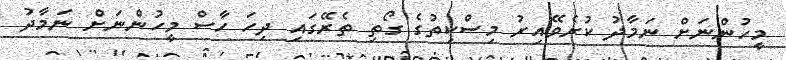
މީހުންނަށް ނަމާދު ކުރެވޭއިރު މިސްކިތުގެ ގޯތި ތެރޭގައި ދިހަ ހާސް މީހުންނަށް ނަމާދު